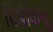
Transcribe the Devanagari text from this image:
टिपीकनू